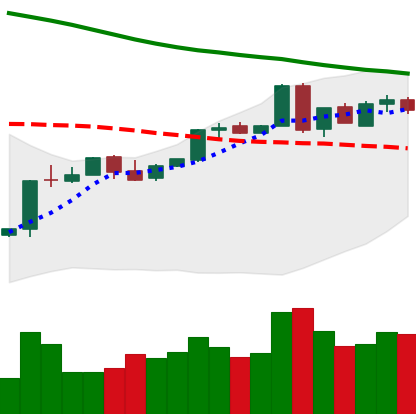
Ticker: BTC-USD
Chart end date: 2018-04-30
Forward return: 6.684%
Label: up_5_7